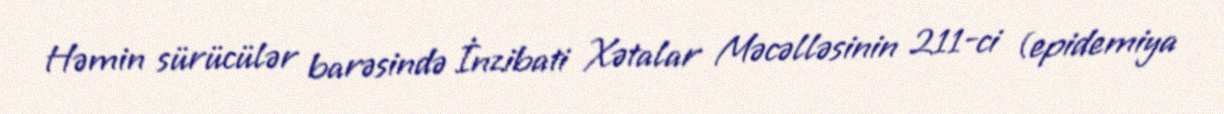
Həmin sürücülər barəsində İnzibati Xətalar Məcəlləsinin 211-ci (epidemiya